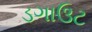
ડગાઉટ